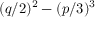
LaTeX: ( q / 2 ) ^ { 2 } - ( p / 3 ) ^ { 3 }